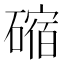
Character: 𥕯